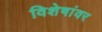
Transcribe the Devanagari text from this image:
विशेषांवर